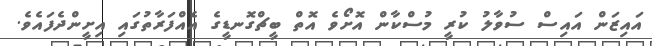
އައިޒަން އައިސް ސުވާލު ކުރީ މުސްކާން އޮށޯވެ އޮތް ބީޗްގޮނޑީގެ އެއްފަރާތުގައި އިށީންދެފައެވެ.